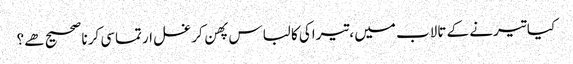
﻿ کیا تیرنے کے تالاب میں ،تیراکی کا لباس پهن کر غسل ارتماسی کرنا صحیح هے؟